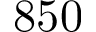
8 5 0